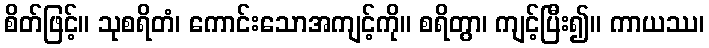
စိတ်ဖြင့်။ သုစရိတံ၊ ကောင်းသောအကျင့်ကို။ စရိတွာ၊ ကျင့်ပြီး၍။ ကာယဿ၊